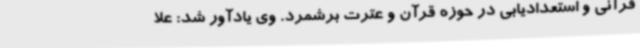
قرآنی و استعدادیابی در حوزه قرآن و عترت برشمرد. وی یادآور شد: علا